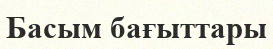
Басым бағыттары